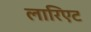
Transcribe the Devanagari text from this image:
लारिएट